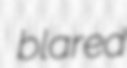
blared